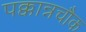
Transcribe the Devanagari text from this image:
पक्कान्नचौक